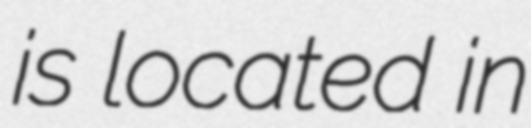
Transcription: is located in